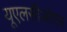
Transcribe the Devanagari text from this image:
यूएलसीओएस